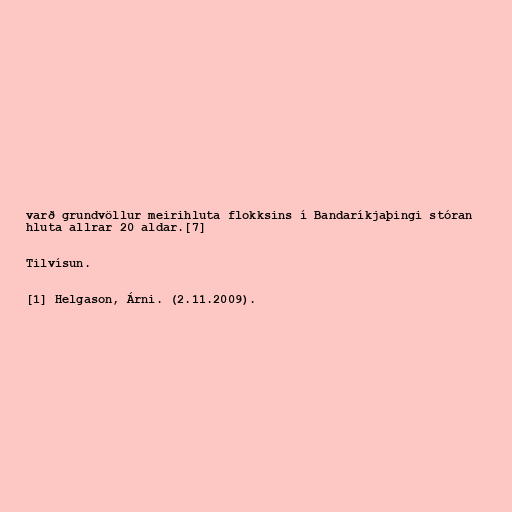
varð grundvöllur meirihluta flokksins í Bandaríkjaþingi stóran
hluta allrar 20 aldar.[7]

Tilvísun.

[1] Helgason, Árni. (2.11.2009).